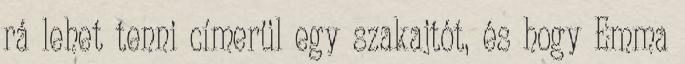
rá lehet tenni címerül egy szakajtót, és hogy Emma